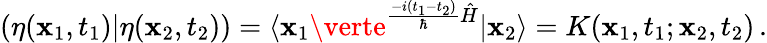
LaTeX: (\eta(\mathbf{x}_{1},t_{1})\vert\eta(\mathbf{x}_{2},t_{2}))=\langle\mathbf{x}_{1}\verte^{\frac{{-i(t_{1}-t_{2})}}{{\hbar}}\hat{{H}}}\vert\mathbf{x}_{2}\rangle=K(\mathbf{x}_{1},t_{1};\mathbf{x}_{2},t_{2})\, .